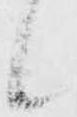
候